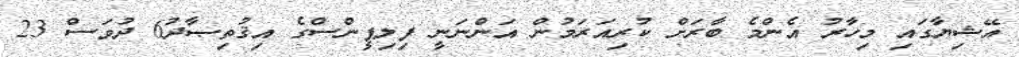
އޭޝިޔާގައި މިހާރު އެންމެ ބާރަށް ކުރިއަރަމުން އަންނަނީ ފިލިޕީންސްގެ އިޤުތިޞާދު6 ދުވަސް 23